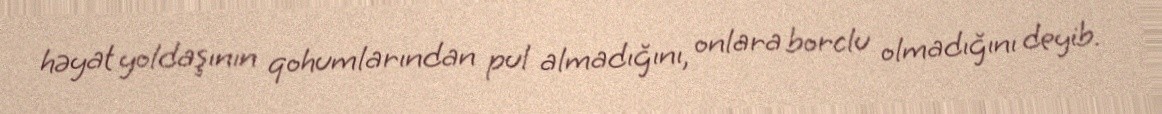
həyat yoldaşının qohumlarından pul almadığını, onlara borclu olmadığını deyib.